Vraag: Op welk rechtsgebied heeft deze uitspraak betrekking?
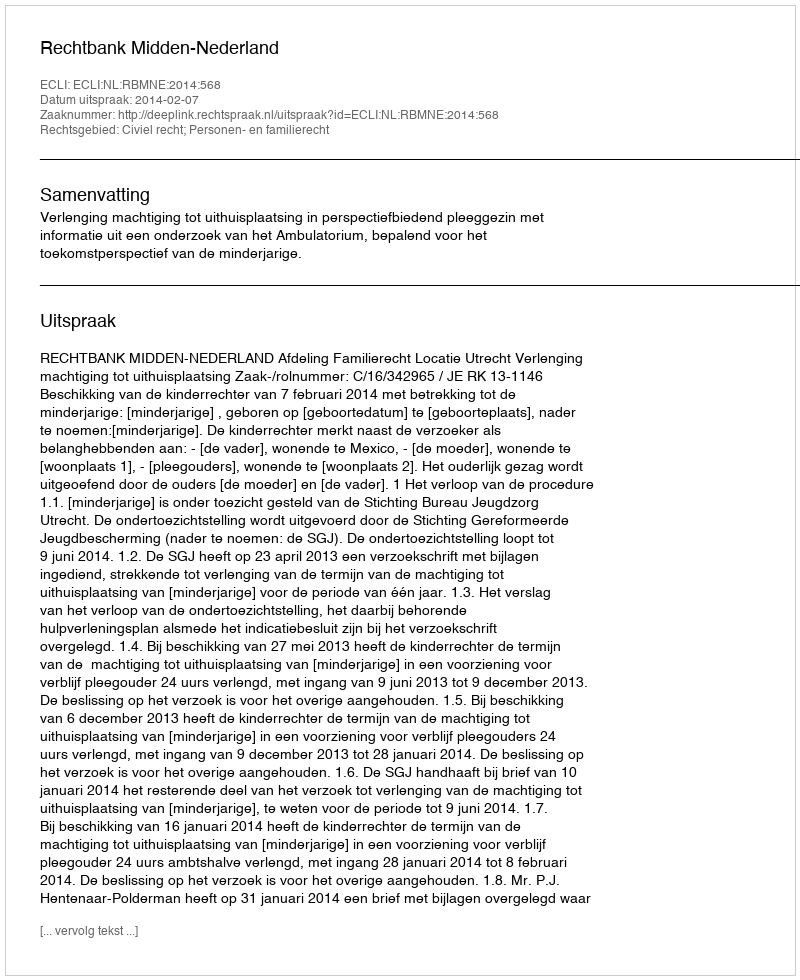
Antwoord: Civiel recht; Personen- en familierecht